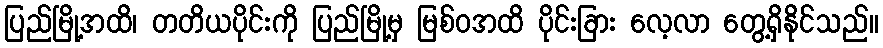
ပြည်မြို့အထိ၊ တတိယပိုင်းကို ပြည်မြို့မှ မြစ်ဝအထိ ပိုင်းခြား လေ့လာ တွေ့ရှိနိုင်သည်။